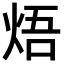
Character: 焐